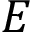
E